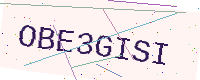
Text: OBE3GISI